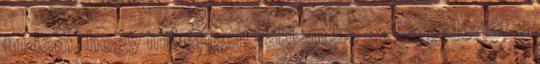
tudom, hogy miképpen rakjam be ezt a galériát a